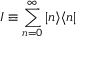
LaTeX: I \equiv \sum _ { n = 0 } ^ { \infty } | n \rangle \langle n |